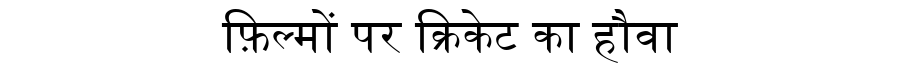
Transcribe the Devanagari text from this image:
फ़िल्मों पर क्रिकेट का हौवा